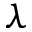
\lambda